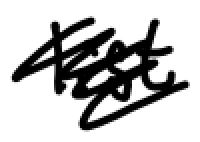
Text: list
Cross-out: scratch
Writing tool: digital_black